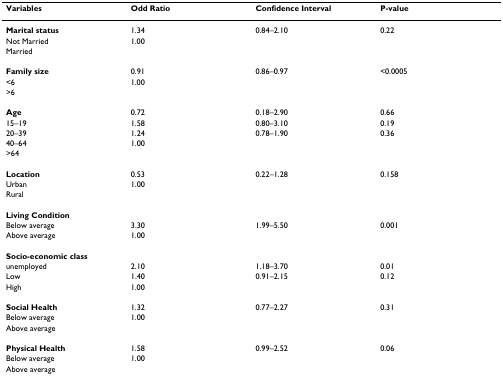
<table><thead><tr><td><b>Variables</b></td><td><b>Odd Ratio</b></td><td><b>Confidence Interval</b></td><td><b>P-value</b></td></tr></thead><tbody><tr><td><b>Marital status</b></td><td>1.34</td><td>0.84–2.10</td><td>0.22</td></tr><tr><td>Not Married</td><td>1.00</td><td></td><td></td></tr><tr><td>Married</td><td></td><td></td><td></td></tr><tr><td><b>Family size</b></td><td>0.91</td><td>0.86–0.97</td><td>&lt;0.0005</td></tr><tr><td>&lt;6</td><td>1.00</td><td></td><td></td></tr><tr><td>&gt;6</td><td></td><td></td><td></td></tr><tr><td><b>Age</b></td><td>0.72</td><td>0.18–2.90</td><td>0.66</td></tr><tr><td>15–19</td><td>1.58</td><td>0.80–3.10</td><td>0.19</td></tr><tr><td>20–39</td><td>1.24</td><td>0.78–1.90</td><td>0.36</td></tr><tr><td>40–64</td><td>1.00</td><td></td><td></td></tr><tr><td>&gt;64</td><td></td><td></td><td></td></tr><tr><td><b>Location</b></td><td>0.53</td><td>0.22–1.28</td><td>0.158</td></tr><tr><td>Urban</td><td>1.00</td><td></td><td></td></tr><tr><td>Rural</td><td></td><td></td><td></td></tr><tr><td><b>Living Condition</b></td><td></td><td></td><td></td></tr><tr><td>Below average</td><td>3.30</td><td>1.99–5.50</td><td>0.001</td></tr><tr><td>Above average</td><td>1.00</td><td></td><td></td></tr><tr><td><b>Socio-economic class</b></td><td></td><td></td><td></td></tr><tr><td>unemployed</td><td>2.10</td><td>1.18–3.70</td><td>0.01</td></tr><tr><td>Low</td><td>1.40</td><td>0.91–2.15</td><td>0.12</td></tr><tr><td>High</td><td>1.00</td><td></td><td></td></tr><tr><td><b>Social Health</b></td><td>1.32</td><td>0.77–2.27</td><td>0.31</td></tr><tr><td>Below average</td><td>1.00</td><td></td><td></td></tr><tr><td>Above average</td><td></td><td></td><td></td></tr><tr><td><b>Physical Health</b></td><td>1.58</td><td>0.99–2.52</td><td>0.06</td></tr><tr><td>Below average</td><td>1.00</td><td></td><td></td></tr><tr><td>Above average</td><td></td><td></td><td></td></tr></tbody></table>